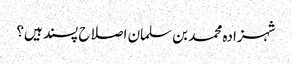
شہزادہ محمد بن سلمان اصلاح پسند ہیں؟